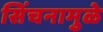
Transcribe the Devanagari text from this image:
सिंचनामुळे